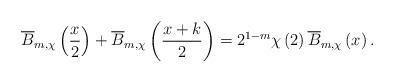
LaTeX: \begin{align*}\overline{B}_{m,\chi}\left( \frac{x}{2}\right) +\overline{B}_{m,\chi}\left(\frac{x+k}{2}\right) =2^{1-m}\chi\left( 2\right) \overline{B}_{m,\chi}\left( x\right) . \end{align*}